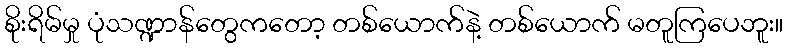
စိုးရိမ်မှု ပုံသဏ္ဍာန်တွေကတော့ တစ်ယောက်နဲ့ တစ်ယောက် မတူကြပေဘူး။